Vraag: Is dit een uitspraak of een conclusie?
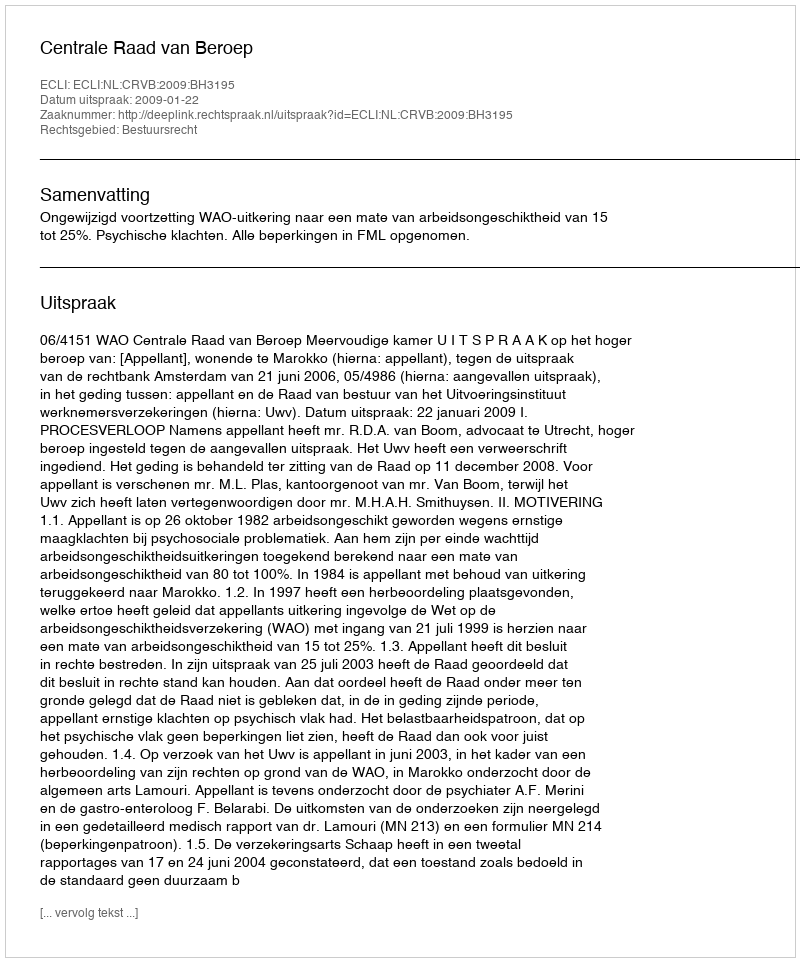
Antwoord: Uitspraak